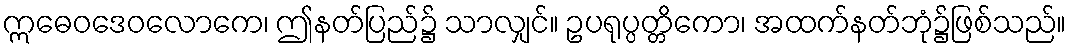
ဣဓေဝဒေဝလောကေ၊ ဤနတ်ပြည်၌ သာလျှင်။ ဥပရုပ္ပတ္တိကော၊ အထက်နတ်ဘုံ၌ဖြစ်သည်။